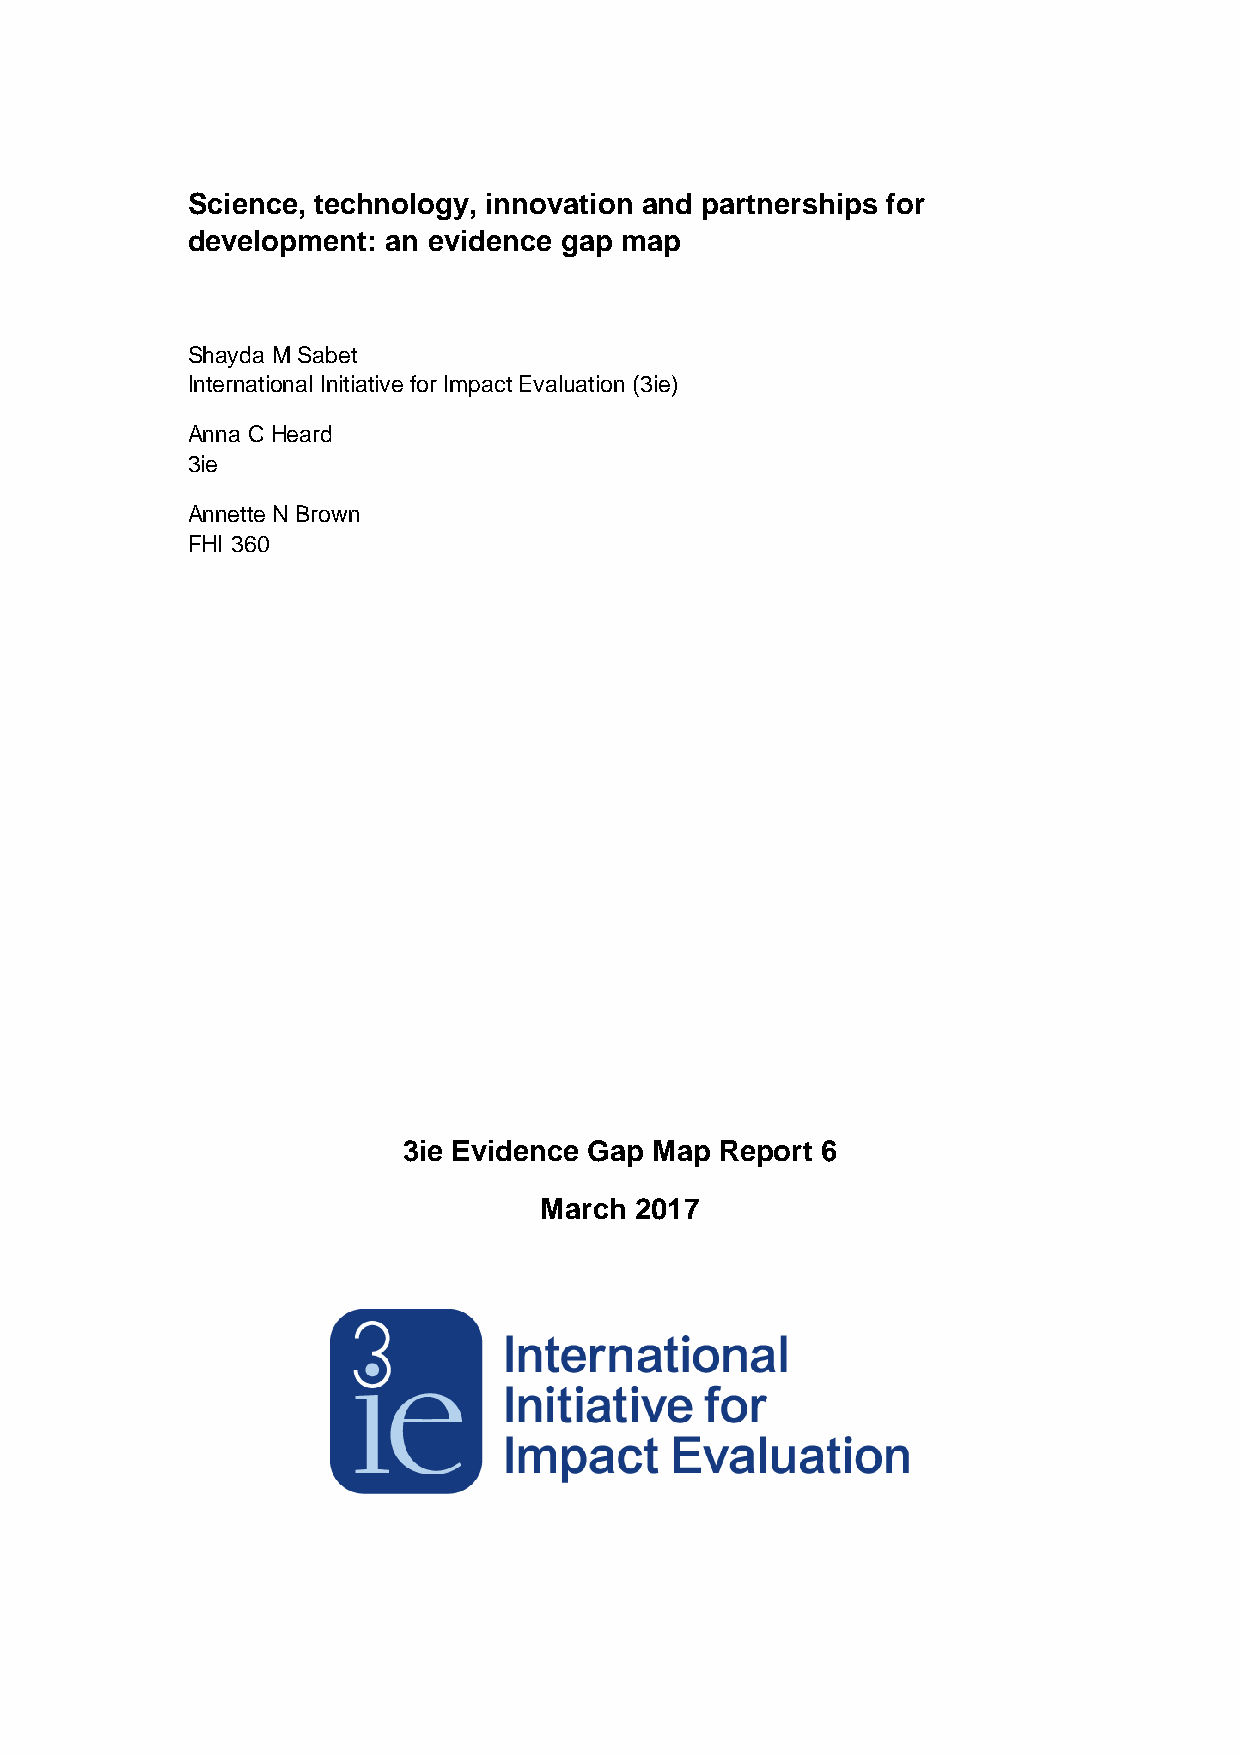
Science, technology, innovation and partnerships for
 development:  an evidence gap map
 Shayda M Sabet
 International Initiative for Impact Evaluation (3ie)
 Anna C Heard
 3ie
 Annette N Brown
 FHI 360
 3ie Evidence Gap Map Report 6
 March 2017